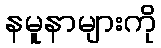
နမူနာများကို